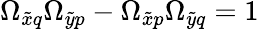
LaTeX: \Omega_{\tilde{x}q}\Omega_{\tilde{y}p}-\Omega_{\tilde{x}p}\Omega_{\tilde{y}q}=1